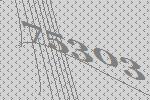
75303